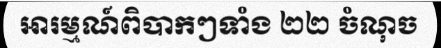
អារម្មណ៍ពិបាកៗទាំង ២២ ចំណុច